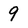
Character: 9